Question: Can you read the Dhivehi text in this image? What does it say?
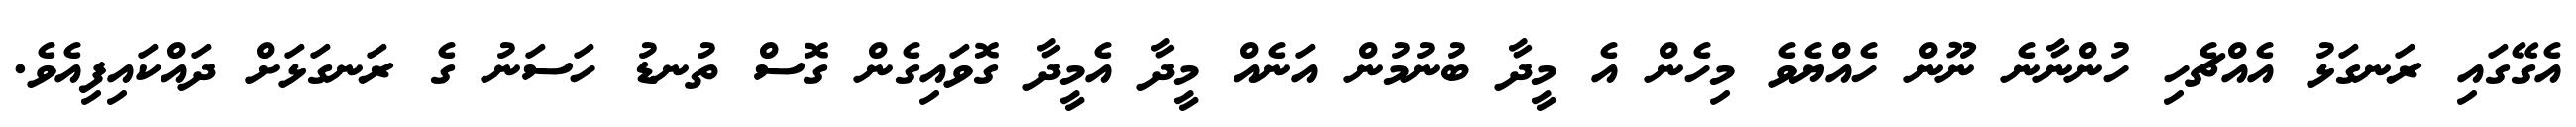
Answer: އެގޭގައި ރަނގަޅު އެއްޗެހި ހުންނާނެ ނޫން ހެއްޔެވެ މިހެން އެ މީދާ ބުނުމުން އަނެއް މީދާ އެމީދާ ގޮވައިގެން ގޮސް ތުނޑު ހަސަނު ގެ ރަނގަޅަށް ދައްކައިފިއެވެ.